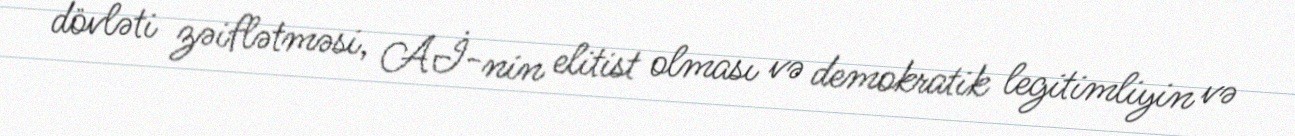
dövləti zəiflətməsi, Aİ-nin elitist olması və demokratik legitimliyin və